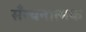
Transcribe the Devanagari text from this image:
सँरचनात्मक